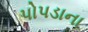
પોપડાના